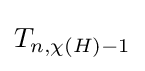
T_{n,\chi (H)-1}